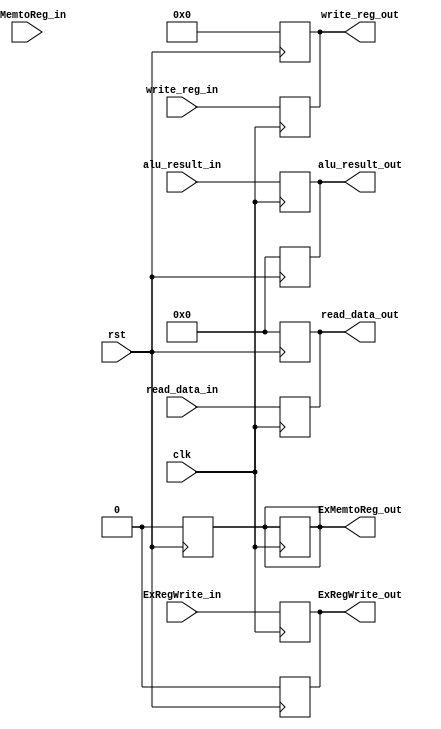
module 	MEM_WB(
				input clk, rst,
				input wire ExRegWrite_in, ExMemtoReg_in,
				input wire [31:0] read_data_in,
				input wire [31:0] alu_result_in,
				input wire [4:0] write_reg_in,

				output reg ExRegWrite_out, ExMemtoReg_out, 
				output reg [31:0] read_data_out,
				output reg [31:0] alu_result_out,
				output reg [4:0] write_reg_out
			);

always @ (posedge rst)
begin
	ExRegWrite_out <= 0;
	ExMemtoReg_out <= 0;
	read_data_out <= 0;
	alu_result_out <= 0;
	write_reg_out <= 0;
end

always@(posedge clk )
begin
	ExRegWrite_out <= ExRegWrite_in;
	ExMemtoReg_out<= ExMemtoReg_out;
	read_data_out <= read_data_in;
	alu_result_out <= alu_result_in;
	write_reg_out <= write_reg_in;
end

endmodule